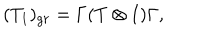
( T _ { 1 } ) _ { g r } = \Gamma ( T \otimes I ) \Gamma ,